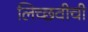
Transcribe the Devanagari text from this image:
लिच्छवीची